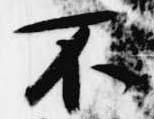
不